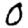
Digit: 0